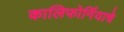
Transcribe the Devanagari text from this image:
कालिफोर्नियाचे